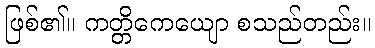
ဖြစ်၏။ ကတ္တိကေယျော စသည်တည်း။